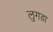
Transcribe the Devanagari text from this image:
लुगडा